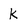
Character: K